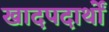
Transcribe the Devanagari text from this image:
खादपदार्थों